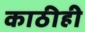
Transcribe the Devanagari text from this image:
काठीही